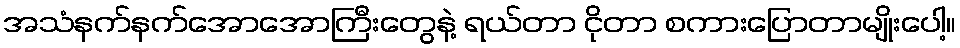
အသံနက်နက်အောအောကြီးတွေနဲ့ ရယ်တာ ငိုတာ စကားပြောတာမျိုးပေါ့။